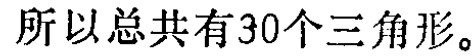
所以总共有30个三角形。